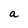
Character: a